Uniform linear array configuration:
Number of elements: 48
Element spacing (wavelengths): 0.25
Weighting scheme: exponential
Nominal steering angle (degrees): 30
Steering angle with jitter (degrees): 28.62
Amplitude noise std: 0.05
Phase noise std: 0.05

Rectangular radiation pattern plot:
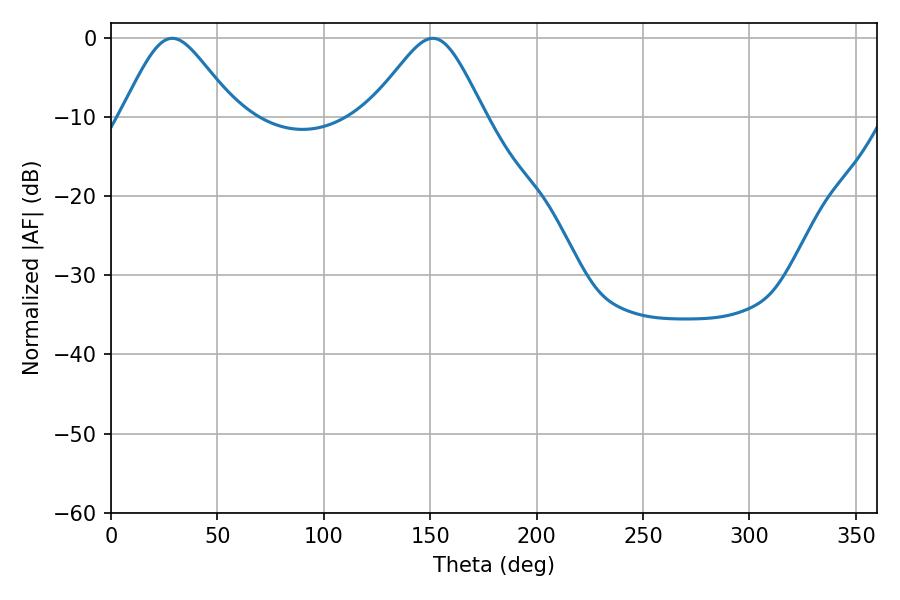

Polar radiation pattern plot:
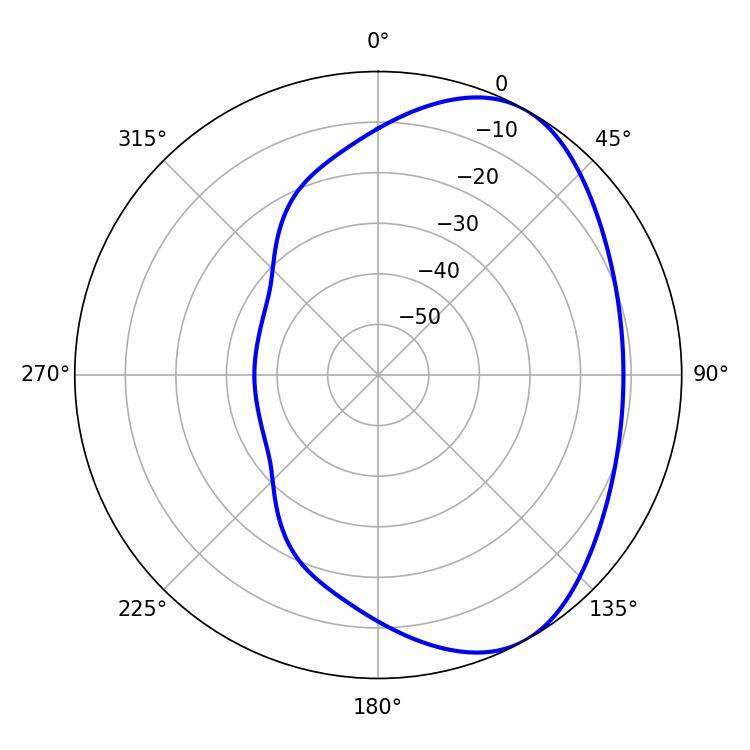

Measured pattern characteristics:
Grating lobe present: FALSE
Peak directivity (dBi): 5.194
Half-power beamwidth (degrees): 26.46
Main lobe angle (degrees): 28.8